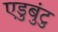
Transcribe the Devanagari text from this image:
एडुबुंटु